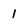
Character: 1